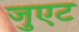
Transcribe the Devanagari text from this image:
जुएट